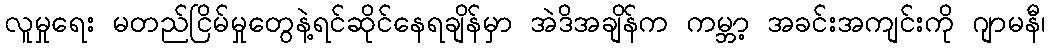
လူမှုရေး မတည်ငြိမ်မှုတွေနဲ့ရင်ဆိုင်နေရချိန်မှာ အဲဒိအချိန်က ကမ္ဘာ့ အခင်းအကျင်းကို ဂျာမနီ၊